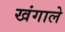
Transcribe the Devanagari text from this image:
खंगाले